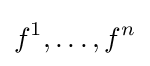
f^{1},\ldots ,f^{n}